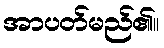
အာပတ်မည်၏။